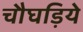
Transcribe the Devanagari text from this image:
चौघड़िये